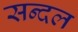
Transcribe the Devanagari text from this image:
सन्दल